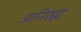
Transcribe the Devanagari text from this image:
अनिरुद्धः